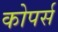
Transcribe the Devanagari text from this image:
कोपर्स